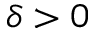
\delta > 0